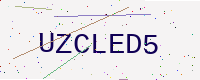
Text: UZCLED5